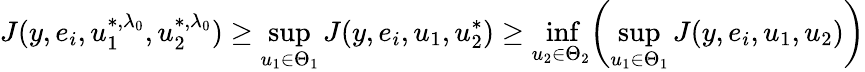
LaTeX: J(y,e_{i},u_{1}^{*,\lambda_{0}},u_{2}^{*,\lambda_{0}})\geq\operatorname*{sup}_{u_{1}\in\Theta_{1}}J(y,e_{i},u_{1},u_{2}^{*})\geq\operatorname*{inf}_{u_{2}\in\Theta_{2}}\biggl(\operatorname*{sup}_{u_{1}\in\Theta_{1}}J(y,e_{i},u_{1},u_{2})\biggr)